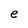
Character: e